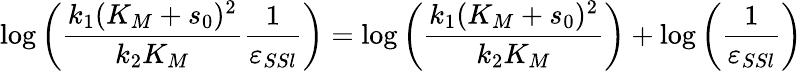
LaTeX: \log\left(\frac{k_{1}(K_{M}+s_{0})^{2}}{k_{2}K_{M}}\frac{1}{\varepsilon_{SSl}}\right)=\log\left(\frac{k_{1}(K_{M}+s_{0})^{2}}{k_{2}K_{M}}\right)+\log\left(\frac{1}{\varepsilon_{SSl}}\right)